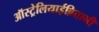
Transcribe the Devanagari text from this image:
ऑस्ट्रेलियाईब्रितानी